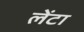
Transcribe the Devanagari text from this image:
लेंटा